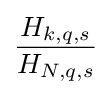
{\frac {H_{k,q,s}}{H_{N,q,s}}}